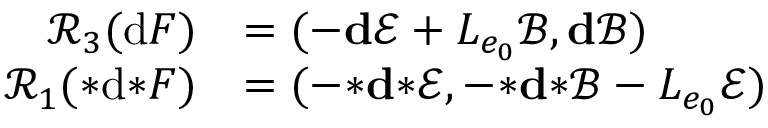
\begin{array} { r l } { \mathcal { R } _ { 3 } ( \mathrm { d } F ) } & { = ( - \mathbf { d } \mathscr { E } + L _ { e _ { 0 } } \mathscr { B } , \mathbf { d } \mathscr { B } ) } \\ { \mathcal { R } _ { 1 } ( { * } \mathrm { d } { * } F ) } & { = ( - { \boldsymbol { * } } \mathbf { d } { \boldsymbol { * } } \mathscr { E } , - { \boldsymbol { * } } \mathbf { d } { \boldsymbol { * } } \mathscr { B } - L _ { e _ { 0 } } \mathscr { E } ) } \end{array}